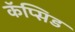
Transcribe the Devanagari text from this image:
कॅप्सिड